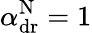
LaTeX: \alpha_{\mathrm{dr}}^{\mathrm{N}}=1